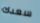
سعدك